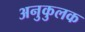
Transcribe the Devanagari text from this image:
अनुकुलक